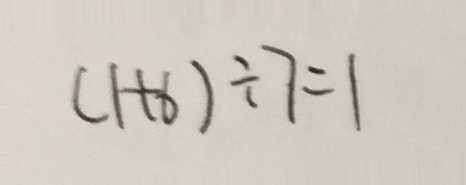
( 1 + 6 ) \div 7 = 1